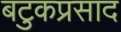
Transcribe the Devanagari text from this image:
बटुकप्रसाद